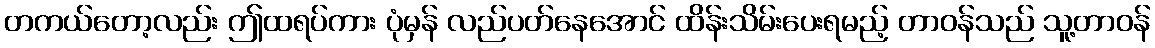
တကယ်တော့လည်း ဤထရပ်ကား ပုံမှန် လည်ပတ်နေအောင် ထိန်းသိမ်းပေးရမည့် တာဝန်သည် သူ့တာဝန်